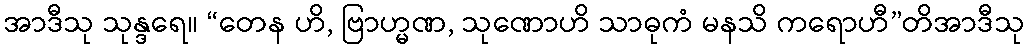
အာဒီသု သုန္ဒရေ။ “တေန ဟိ, ဗြာဟ္မဏ, သုဏောဟိ သာဓုကံ မနသိ ကရောဟီ”တိအာဒီသု